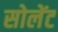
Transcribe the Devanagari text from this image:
सोलेंट